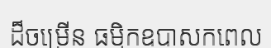
ដ៏ចម្រើន ធម្មិកឧបាសកពេល